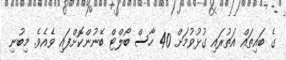
ގެ ބައިތައް އަތުރައި ގުޅުވުމަށް 40 ހާސް ބޯލްޓް ބޭނުންކޮށްފައި ވެއެވެ. މިބުނި